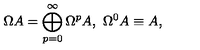
\Omega A = \bigoplus _ { p = 0 } ^ { \infty } \Omega ^ { p } A , \ \Omega ^ { 0 } A \equiv A ,